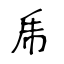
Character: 乕